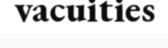
vacuities